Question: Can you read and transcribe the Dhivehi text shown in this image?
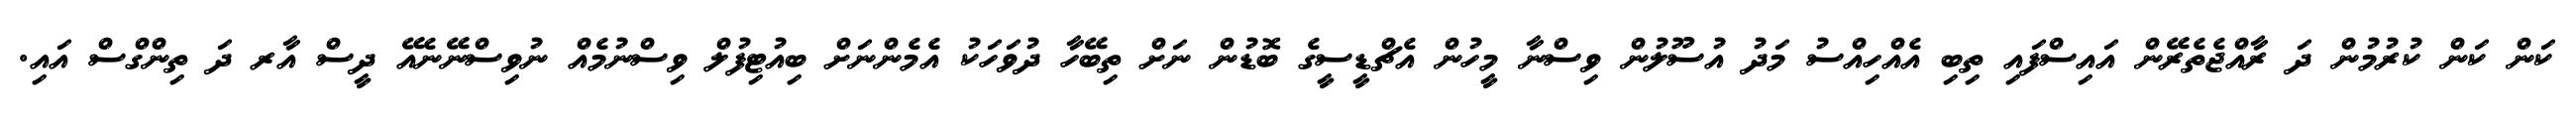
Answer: ކަން ކަން ކުރުމުން ދަ ރާއްޖެތެރޭން އައިސްފައި ތިބި އެއްހިއްސު މަދު އުސޫލުން ވިސްނާ މީހުން އެޗްޑީސީގެ ބޮޑުން ނަށް ތިބޭހާ ދުވަހަކު އެމެންނަށް ބިއުޓިފުލް ވިސްނުމެއް ނުވިސްނޭނެއޭ ދީސް އާރ ދަ ތިންގްސް އައި.